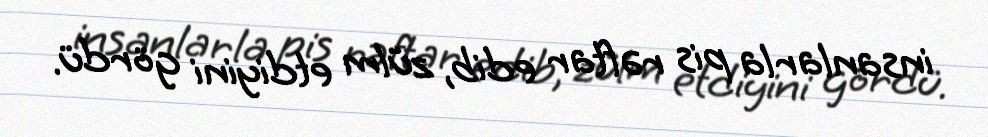
insanlarla pis rəftar edib, zülm etdiyini gördü.